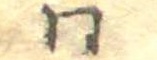
同